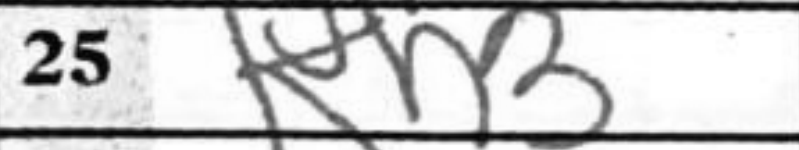
Transcription: Kh3